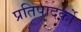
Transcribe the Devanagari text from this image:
प्रतिपादर्को